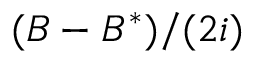
( B - B ^ { * } ) / ( 2 i )